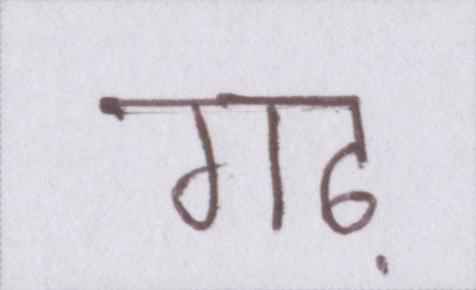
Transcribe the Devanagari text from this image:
गढ़